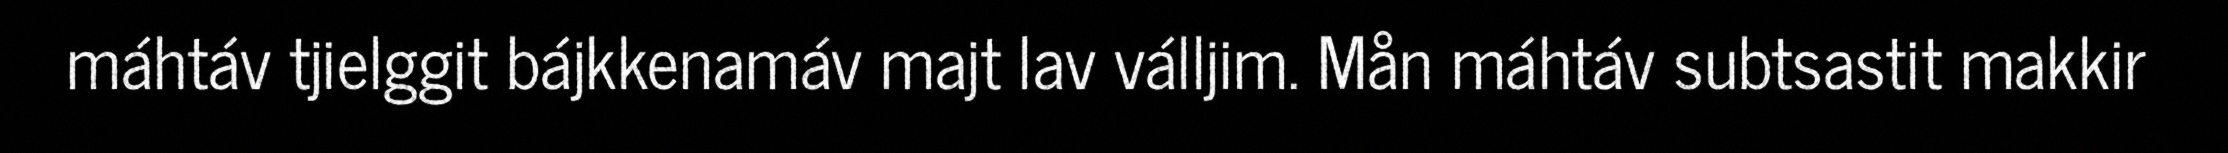
máhtáv tjielggit bájkkenamáv majt lav válljim. Mån máhtáv subtsastit makkir